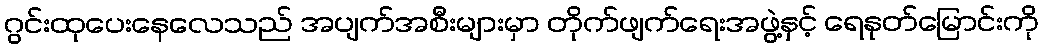
ဂွင်းထုပေးနေလေသည် အပျက်အစီးများမှာ တိုက်ဖျက်ရေးအဖွဲ့နှင့် ရေနုတ်မြောင်းကို